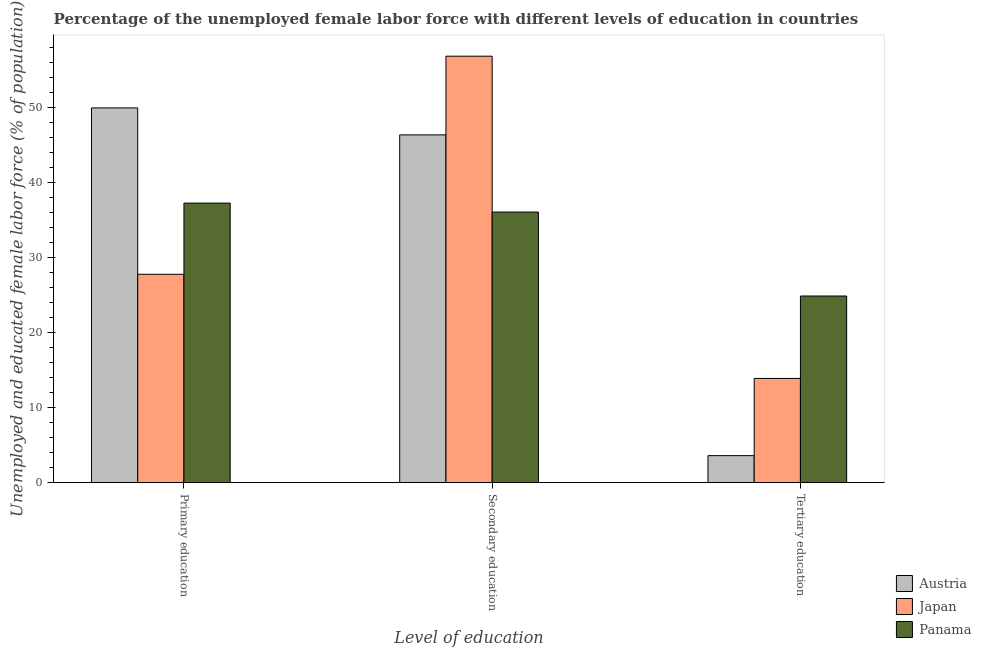
| Level of education | Austria | Japan | Panama |
 | --- | --- | --- | --- |
 | Primary education | 50 | 27.8 | 37.3 |
 | Secondary education | 46.4 | 56.9 | 36.1 |
 | Tertiary education | 3.6 | 13.9 | 24.9 |